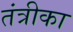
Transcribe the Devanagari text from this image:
तंत्रीका